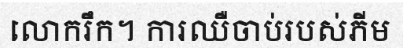
លោករឹក។ ការឈឺចាប់របស់ភីម